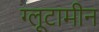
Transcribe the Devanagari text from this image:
ग्लूटामीन